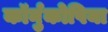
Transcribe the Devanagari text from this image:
कॉर्नुकोपिया